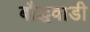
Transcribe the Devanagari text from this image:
बौद्धवाडी